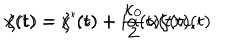
x ( t ) = x ^ { \prime } ( t ) + i \alpha ( t ) \zeta ( t ) , \hspace { 1 . 5 c m } \zeta ( t ) = \zeta ^ { \prime } ( t ) + \frac { \kappa _ { 0 } } { 2 } \alpha ( t ) \dot { x } ( t )